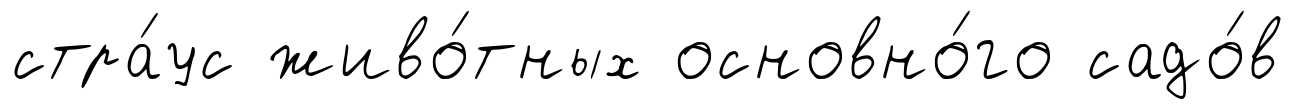
стра́ус живо́тных основно́го садо́в